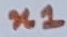
Text: n1